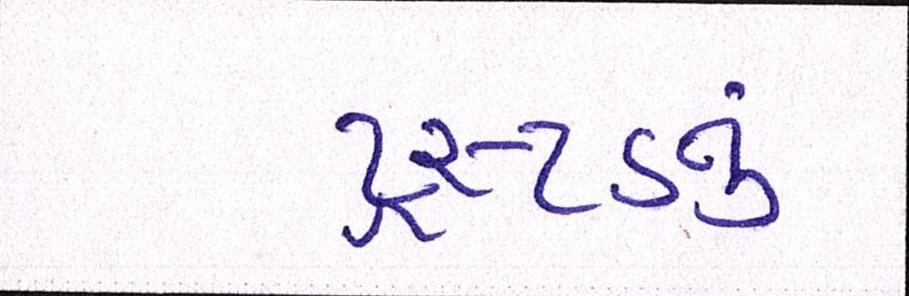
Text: ટ્રસ્ટડનું